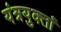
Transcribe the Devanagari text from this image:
यंत्रयुक्तां